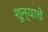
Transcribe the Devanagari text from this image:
शून्याचे